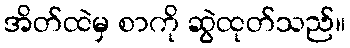
အိတ်ထဲမှ စာကို ဆွဲထုတ်သည်။